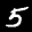
Label: 5